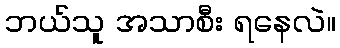
ဘယ်သူ အသာစီး ရနေလဲ။